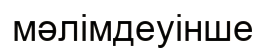
мәлімдеуінше